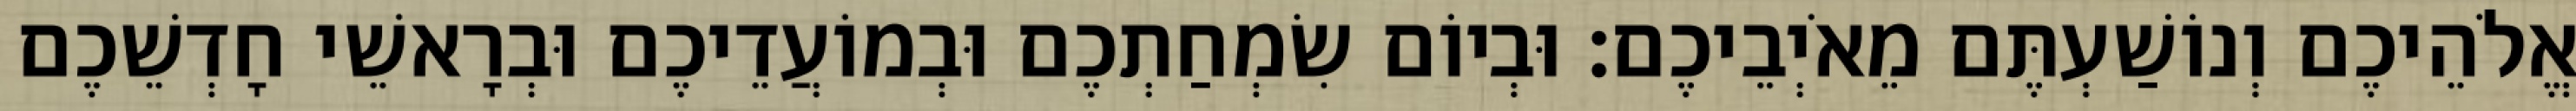
אֱלֹהֵיכֶם וְנוֹשַׁעְתֶּם מֵאֹיְבֵיכֶם׃ וּבְיוֹם שִׂמְחַתְכֶם וּבְמוֹעֲדֵיכֶם וּבְרָאשֵׁי חָדְשֵׁכֶם